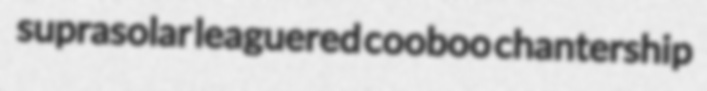
suprasolar leaguered cooboo chantership